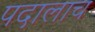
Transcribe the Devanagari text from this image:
पदालाच